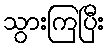
သွားကြပြီး